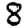
Digit: 8